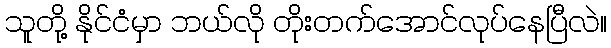
သူတို့ နိုင်ငံမှာ ဘယ်လို တိုးတက်အောင်လုပ်နေပြီလဲ။